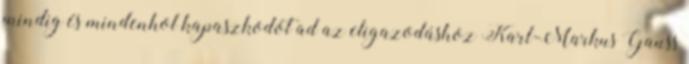
mindig és mindenhol kapaszkodót ad az eligazodáshoz Karl-Markus Gauss